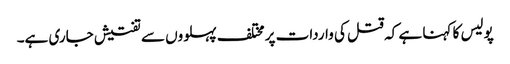
پولیس کا کہنا ہے کہ قتل کی واردات پر مختلف پہلووں سے تفتیش جاری ہے۔